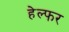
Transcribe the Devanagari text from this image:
हेल्फर